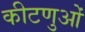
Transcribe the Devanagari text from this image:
कीटणुओं